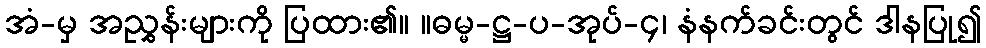
အံ-မှ အညွှန်းများကို ပြထား၏။ ။ဓမ္မ-ဋ္ဌ-ပ-အုပ်-၄၊ နံနက်ခင်းတွင် ဒါနပြု၍